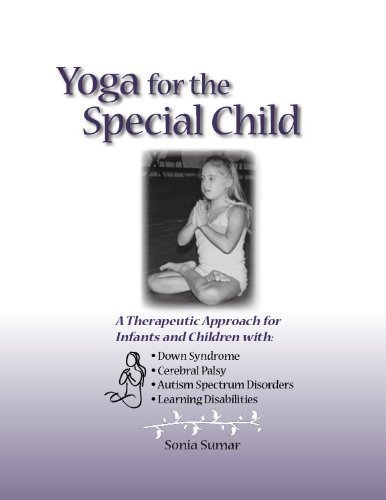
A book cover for Yoga for the Special Child: A Therapeutic Approach for Infants and Children with Down Syndrome, Cerebral Palsy and Learning Disabilities by Sonia Sumar (2007) Paperback; Health, Fitness & Dieting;